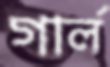
গার্ল